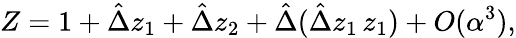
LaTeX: Z=1+\hat{\Delta}z_{1}+\hat{\Delta}z_{2}+\hat{\Delta}(\hat{\Delta}z_{1}\, z_{1})+O(\alpha^{3}),